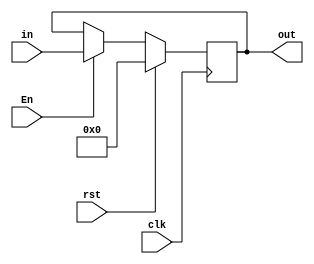
module Register #(parameter WIDTH = 32)
(
    input wire               clk    ,
    input wire               rst    ,
    input wire               En     ,
    input wire  [WIDTH-1:0]  in     ,

    output reg  [WIDTH-1:0]  out
);

always @(posedge clk)
begin
    if(rst)
    begin
        out <= {WIDTH{1'b0}} ;
    end
    else if(En)
    begin
        out <= in ;
    end
end

endmodule